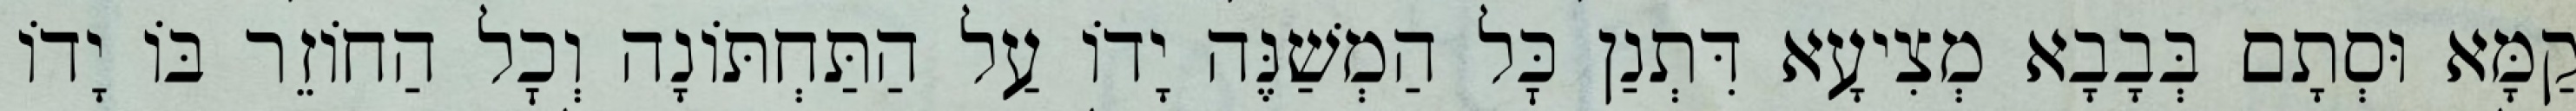
קַמָּא וּסְתָם בְּבָבָא מְצִיעָא דִּתְנַן כׇּל הַמְשַׁנֶּה יָדוֹ עַל הַתַּחְתּוֹנָה וְכׇל הַחוֹזֵר בּוֹ יָדוֹ